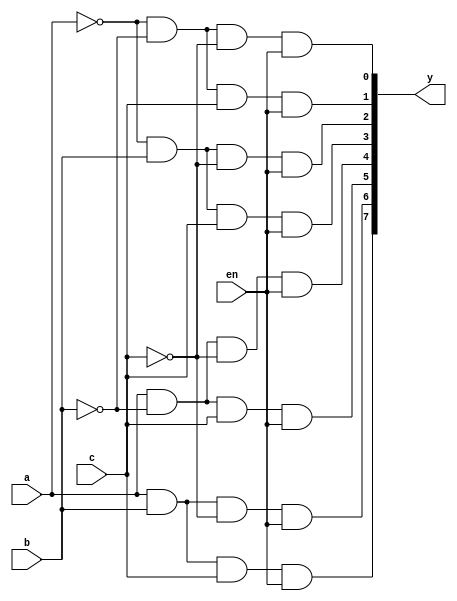
module decoder_3_8_str(a,b,c,y,en);
input a,b,c,en;
output [7:0]y;
assign y[0]=(~a)&(~b)&(~c)&(en);
assign y[1]=(~a)&(~b)&(c)&(en);
assign y[2]=(~a)&(b)&(~c)&(en);
assign y[3]=(~a)&(b)&(c)&(en);
assign y[4]=(a)&(~b)&(~c)&(en);
assign y[5]=(a)&(~b)&(c)&(en);
assign y[6]=(a)&(b)&(~c)&(en);
assign y[7]=(a)&(b)&(c)&(en);
endmodule